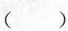
()